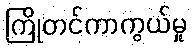
ကြိုတင်ကာကွယ်မှု